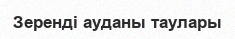
Зеренді ауданы таулары